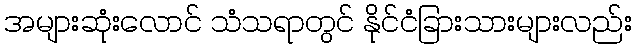
အများဆုံးလောင် သံသရာတွင် နိုင်ငံခြားသားများလည်း